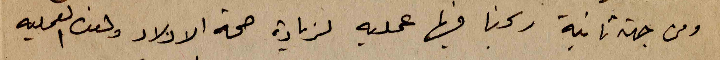
ومن جهة ثانية ربحنا فيها عملية لزيادة صحة الاولاد وهذه العملية